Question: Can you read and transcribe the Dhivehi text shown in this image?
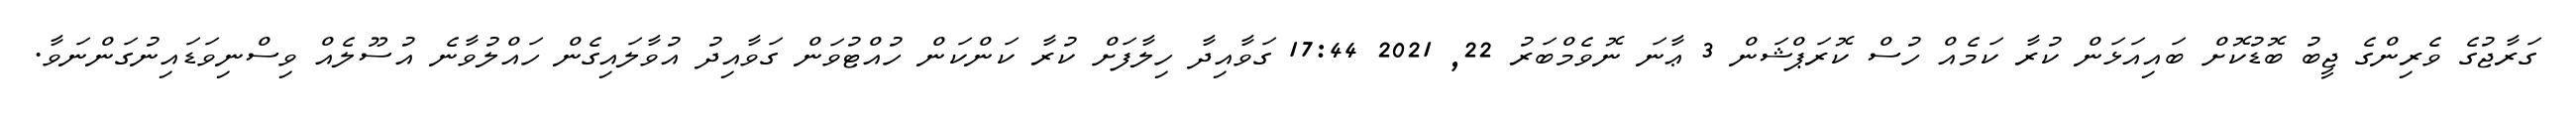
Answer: ގަރާޖުގެ ވެރިންގެ ޖީބު ބޮޑުކޮށް ބައިއަޅަން ކުރާ ކަމެއް ހުސް ކޮރަޕްޝަން 3 ޢާނަ ނޮވެމްބަރު 22, 2021 17:44 ގަވާއިދާ ހިލާފަށް ކުރާ ކަންކަން ހުއްޓުވަން ގަވާއިދު އުވާލައިގެން ހައްލުވާނެ އުސޫލެއް ވިސްނިވަޑައިނުގަންނަވާ.